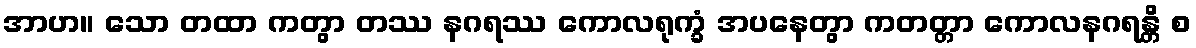
အာဟ။ သော တထာ ကတွာ တဿ နဂရဿ ကောလရုက္ခံ အပနေတွာ ကတတ္တာ ကောလနဂရန္တိ စ